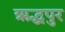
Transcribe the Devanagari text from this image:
ऋद्धपुर